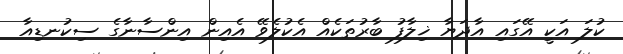
ކުލަ އަކީ އޭގައި އާދަޔާ ޚިލާފު ބާރުތަކެއް އެކުލެވޭ އެއިން އިންސާނާގެ ސިކުނޑިއާ